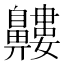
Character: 𪖹